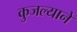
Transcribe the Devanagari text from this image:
कुजल्याने